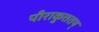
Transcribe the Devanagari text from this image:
पीराकुत्ततय्